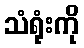
သံရုံးကို